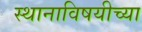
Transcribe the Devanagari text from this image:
स्थानाविषयीच्या